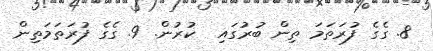
8. ގެގެ ފުރަތަމަ ތިން ބުރުގައި  ކުރުން. 9. ގެގެ ފުރަތަމަތިން